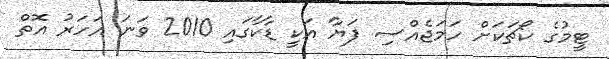
ޓީމުގެ ކޯޗަކަށް ހަމަޖެއްސި ފަޔާ އަކީ ޑާކާގައި 2010 ވަނަ އަހަރު އޮތް